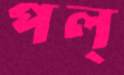
পল্